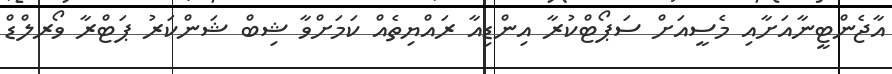
އާޖެންޓީނާއަށާއި މެސީއަށް ސަޕޯޓްކުރާ އިންޑިއާ ރައްޔިތެއް ކަމަށްވާ ޝިބް ޝަންކަރު ޕަޓްރާ ވޯރލްޑް